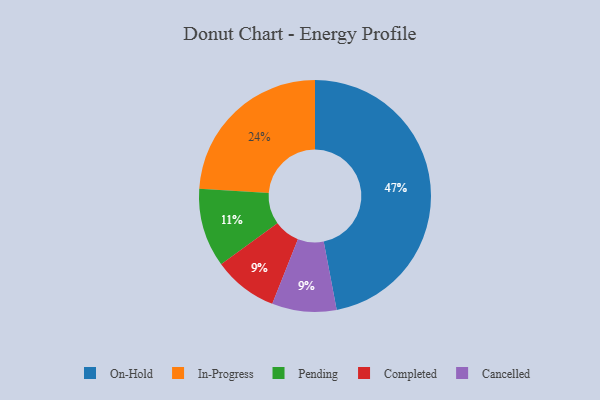
{"axis": {"x": "Category", "y": "Percentage"}, "legend": ["Cancelled", "Completed", "In-Progress", "On-Hold", "Pending"], "data": [{"x": "In-Progress", "y": 24, "type": "In-Progress"}, {"x": "Completed", "y": 9, "type": "Completed"}, {"x": "Pending", "y": 11, "type": "Pending"}, {"x": "Cancelled", "y": 9, "type": "Cancelled"}, {"x": "On-Hold", "y": 47, "type": "On-Hold"}]}